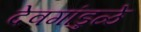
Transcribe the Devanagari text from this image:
देवगांडुळे